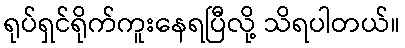
ရုပ်ရှင်ရိုက်ကူးနေရပြီလို့ သိရပါတယ်။